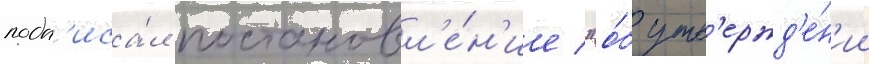
подп'иса́л постановл'е́н'ие "о́б утв'ержд'е́н'ии